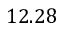
1 2 . 2 8